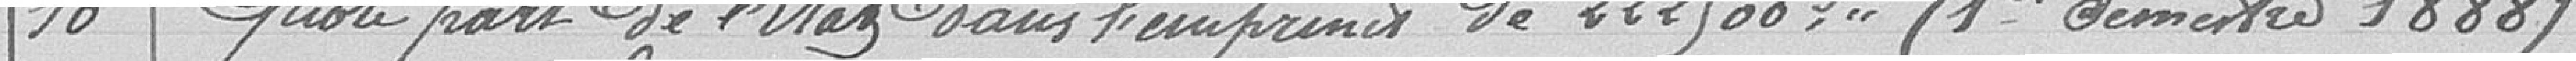
10 - Quote part de l'Etat dans l'emprunt de 222 900 francs (1er décembre 1888)